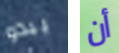
يبدو أن